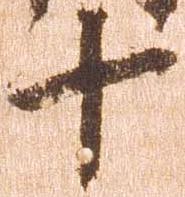
十